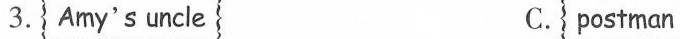
3. Amy's uncle C.postman